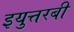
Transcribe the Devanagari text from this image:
इयुत्तरबी